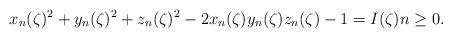
LaTeX: \begin{align*} x_n(\zeta)^2 + y_n(\zeta)^2 + z_n(\zeta)^2 - 2x_n(\zeta) y_n(\zeta) z_n(\zeta) -1 =I(\zeta) n \geq 0.\end{align*}